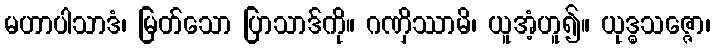
မဟာပါသာဒံ၊ မြတ်သော ပြာသာဒ်ကို။ ဂဏှိဿာမိ၊ ယူအံ့ဟူ၍။ ယုဒ္ဓသဇ္ဇော၊